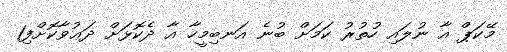
މޭކަޕް އާ ނުލައި ހުތުރު ކަމަށް ބުނެ އަނބިމީހާ އާ ދެކޮޅަށް ދަޢުވާކޮށްފި1